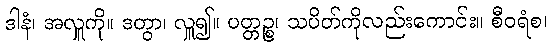
ဒါနံ၊ အလှူကို။ ဒတွာ၊ လှူ၍။ ပတ္တဉ္စ၊ သပိတ်ကိုလည်းကောင်း။ စီဝရံစ၊